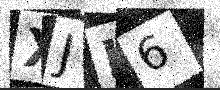
Text: XJL6